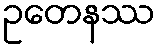
ဥတေနဿ